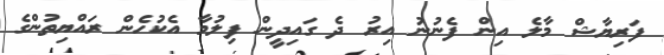
ފަރިޔާޝް މާލެ އިން ފެނުނު އިރު ދެ ގައިދީން ފިލުމާ އެކުހެން ރައްޔިތުންގެ